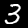
Digit: 3